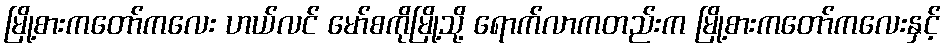
မြို့စားကတော်ကလေး ဟယ်လင် မော်စကိုမြို့သို့ ရောက်လာကတည်းက မြို့စားကတော်ကလေးနှင့်